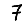
Digit: 7